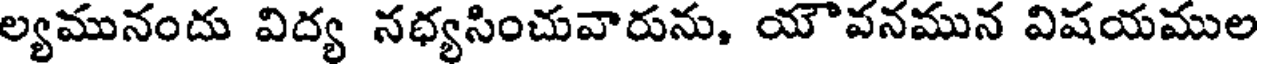
ల్యమునందు విద్య నధ్యసించువారును, యౌవనమున విషయముల